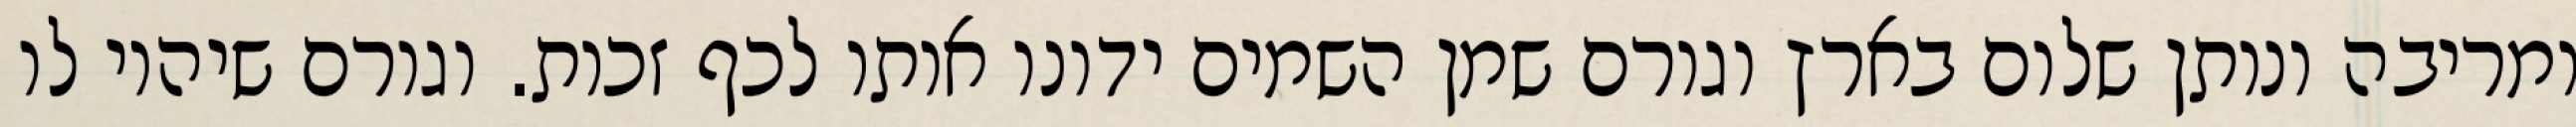
ומריבה ונותן שלום בארץ וגורם שמן השמים ידונו אותו לכף זכות. וגורם שיהיו לו